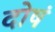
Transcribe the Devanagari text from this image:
दोषं